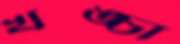
খঙ্চা